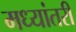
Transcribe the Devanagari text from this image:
मध्यांतरी